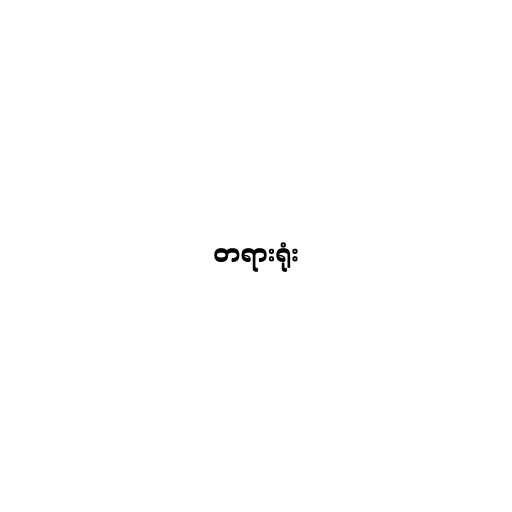
တရားရုံး